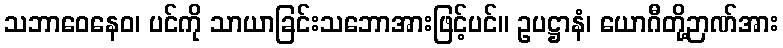
သဘာဝေနေဝ၊ ပင်ကို သာယာခြင်းသဘောအားဖြင့်ပင်။ ဥပဋ္ဌာနံ၊ ယောဂီတို့ဉာဏ်အား